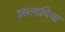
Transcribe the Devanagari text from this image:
इसलामिया